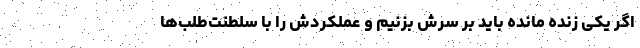
اگر یکی زنده مانده باید بر سرش بزنیم و عملکردش را با سلطنت‌طلب‌ها